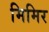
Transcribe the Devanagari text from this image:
मिमिर